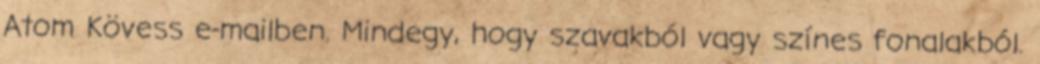
Atom Kövess e-mailben. Mindegy, hogy szavakból vagy színes fonalakból.